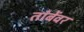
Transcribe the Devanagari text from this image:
तांबेंवर